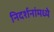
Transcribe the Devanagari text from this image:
निदर्शनांमध्ये